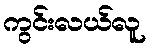
ကွင်းလယ်လူ